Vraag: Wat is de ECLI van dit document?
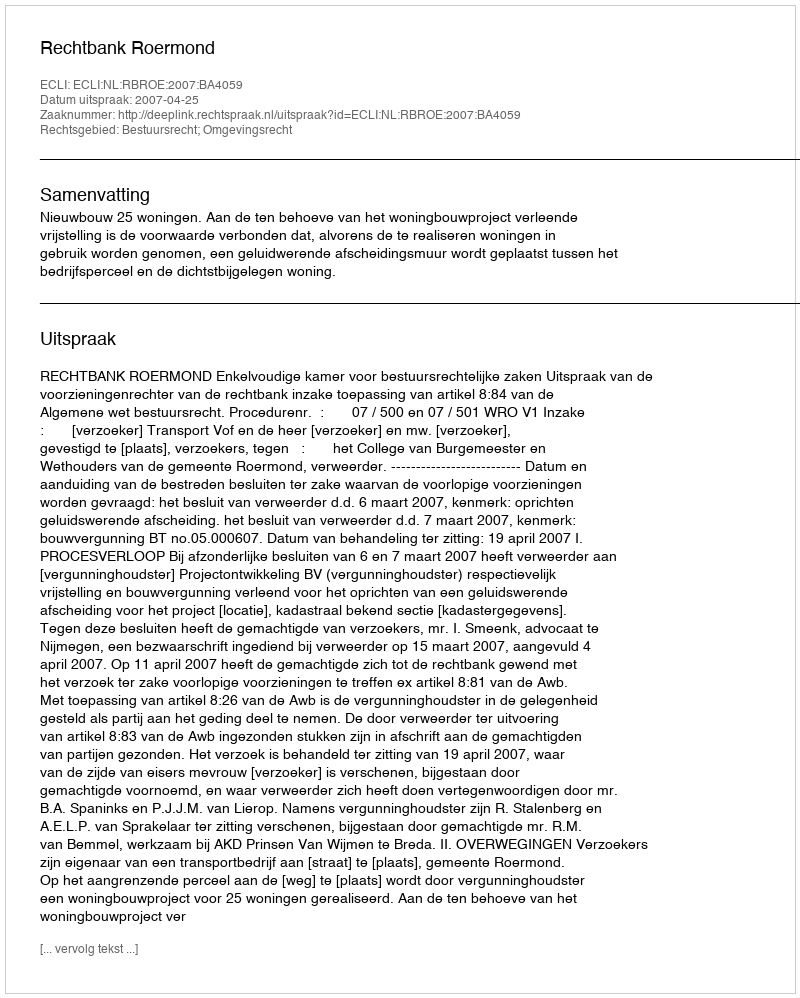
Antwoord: ECLI:NL:RBROE:2007:BA4059